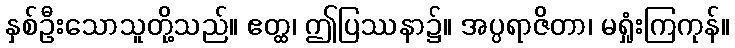
နှစ်ဦးသောသူတို့သည်။ ဧတ္ထ၊ ဤပြဿနာ၌။ အပ္ပရာဇိတာ၊ မရှုံးကြကုန်။